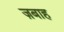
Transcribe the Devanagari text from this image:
ज़बाह